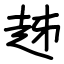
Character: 趀